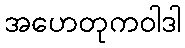
အဟေတုကဝါဒါ